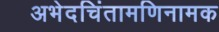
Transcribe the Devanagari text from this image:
अभेदचिंतामणिनामक